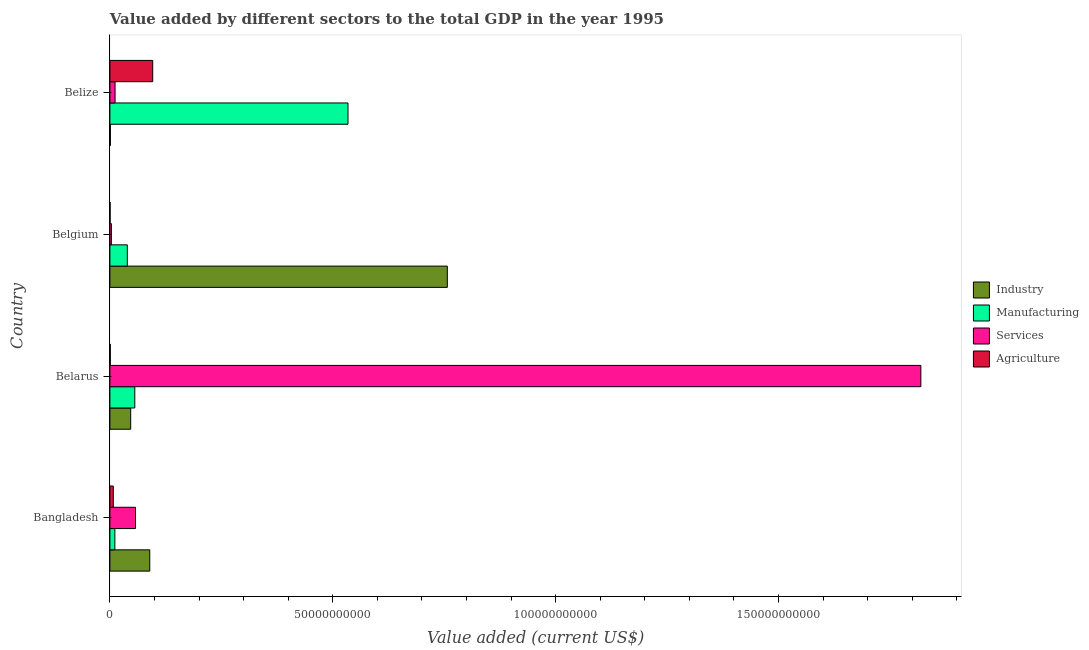
| Country | Industry | Manufacturing | Services | Agriculture |
 | --- | --- | --- | --- | --- |
 | Bangladesh | 8.95e+09 | 1.11e+09 | 5.75e+09 | 7.68e+08 |
 | Belarus | 4.66e+09 | 5.59e+09 | 1.82e+11 | 9.72e+07 |
 | Belgium | 7.57e+10 | 3.91e+09 | 3.32e+08 | 5.05e+07 |
 | Belize | 1.08e+08 | 5.34e+10 | 1.16e+09 | 9.61e+09 |